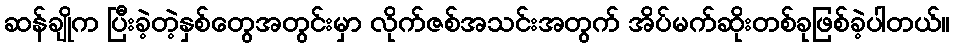
ဆန်ချိုက ပြီးခဲ့တဲ့နှစ်တွေအတွင်းမှာ လိုက်ဇစ်အသင်းအတွက် အိပ်မက်ဆိုးတစ်ခုဖြစ်ခဲ့ပါတယ်။